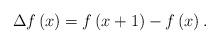
LaTeX: \begin{align*}\Delta f\left(x\right)=f\left(x+1\right)-f\left(x\right).\end{align*}